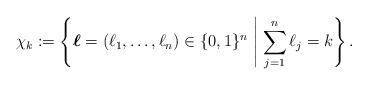
LaTeX: \begin{align*} \chi_k:=\left\{\boldsymbol{\ell}=(\ell_1,\ldots,\ell_n)\in\{0,1\}^n \;\middle|\;\sum_{j=1}^n\ell_j=k\right\}.\end{align*}